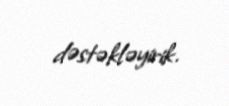
dəstəkləyirik.